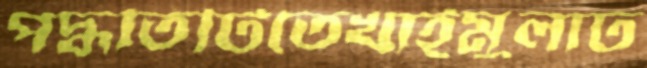
পদ্ধতিটিতেখাইমুলাঢ